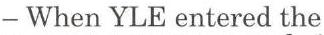
- When YLE entered the